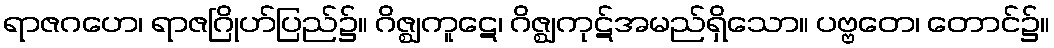
ရာဇဂဟေ၊ ရာဇဂြိုဟ်ပြည်၌။ ဂိဇ္ဈကူဋေ၊ ဂိဇ္ဈကုဋ်အမည်ရှိသော။ ပဗ္ဗတေ၊ တောင်၌။